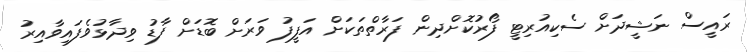
ރައީސް ނަޝީދަށް ސެކިއުރިޓީ ފޯރުކޮށްދިން ފަރާތްތަކަށް އަފީފު ވަރަށް ބޮޑަށް ފާޑު ވިދާޅުވެފައިވާއިރު